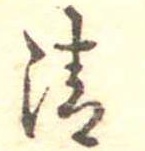
清